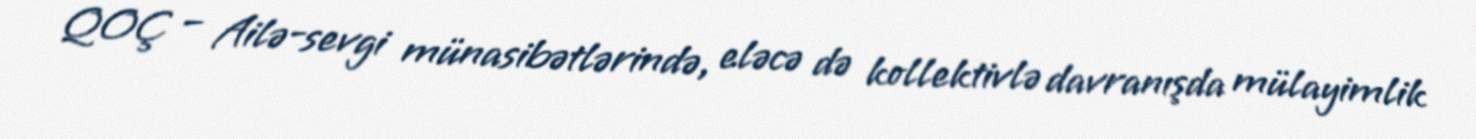
QOÇ – Ailə-sevgi münasibətlərində, eləcə də kollektivlə davranışda mülayimlik